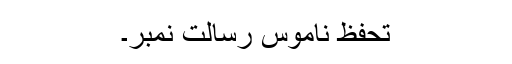
تحفّظِ ناموسِ رسالت نمبر۔